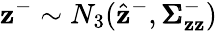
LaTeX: \mathbf{z}^{-}\sim N_{3}(\hat{\mathbf{z}}^{-},\pmb{\Sigma}_{\mathbf{z}\mathbf{z}}^{-})